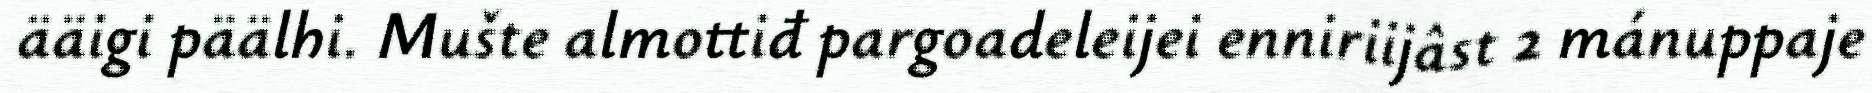
ääigi päälhi. Mušte almottiđ pargoadeleijei enniriijâst 2 mánuppaje